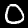
Digit: 0